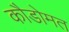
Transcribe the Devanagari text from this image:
कौडोमत